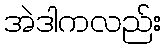
အဲဒါကလည်း